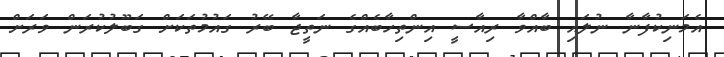
އެމަނިކުފާނާ ނުލައި ބާއްވާ ރިއާސީ އިންތިހާބެއްގެ ނަތީޖާ ބޭރު ގައުމުތަކަށް ގަބޫލުކުރަން ވަރަށް